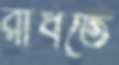
রাঁধতে